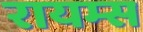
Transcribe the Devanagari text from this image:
रायम्स